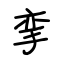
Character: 挛